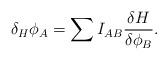
LaTeX: \begin{align*}\delta_H\phi_A=\sum I_{AB}{{\delta H} \over {\delta\phi_B}}.\end{align*}